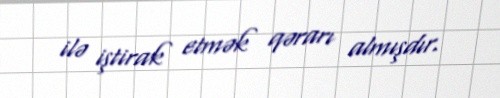
ilə iştirak etmək qərarı almışdır.